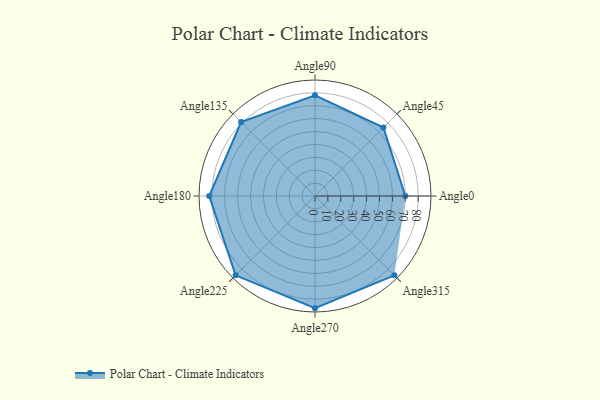
{"axis": {"x": "Angle", "y": "Radius"}, "legend": [""], "data": [{"x": "Angle0", "y": 70.0, "type": ""}, {"x": "Angle45", "y": 75.0, "type": ""}, {"x": "Angle90", "y": 78.0, "type": ""}, {"x": "Angle135", "y": 81.0, "type": ""}, {"x": "Angle180", "y": 82.0, "type": ""}, {"x": "Angle225", "y": 87.0, "type": ""}, {"x": "Angle270", "y": 87.0, "type": ""}, {"x": "Angle315", "y": 87.0, "type": ""}]}